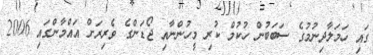
ގައި ހަމަލާދިނުމުގެ ސަބަބުން ހުކުމް ކުރި މީހުންނާއި ޖޯޑަންގެ ވެރިރަށް އައްމާންގައި 2006